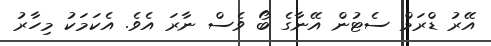
އޭރު ޑްރަމް ސެޓުން އޭނާގެ ބޯ ވެސް ނާރަ އެވެ. އެކަމަކު މިހާރު